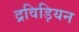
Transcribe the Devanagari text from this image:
द्रविड़ियन